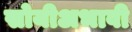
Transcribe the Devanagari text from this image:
सोयीअभावी